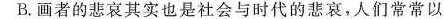
B.画者的悲哀其实也是社会与时代的悲哀，人们常常以